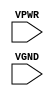
module sky130_fd_sc_hs__tapvgnd (
    //# {{power|Power}}
    input VPWR,
    input VGND
);
endmodule